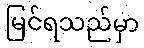
မြင်ရသည်မှာ